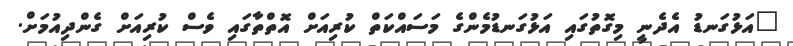
"އަޅުގަނޑު އެދެނީ މިގޮތުގައި އަޅުގަނޑުމެންގެ މަސައްކަތް ކުރިއަށް އޮތްތާގައި ވެސް ކުރިއަށް ގެންދިއުމަށް.